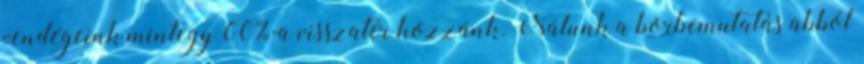
vendégeink mintegy 60%-a visszatér hozzánk. Nálunk a borbemutatás abból